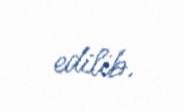
edilib.